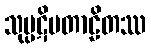
သုပ္ပဋိပတာဠိတဿ